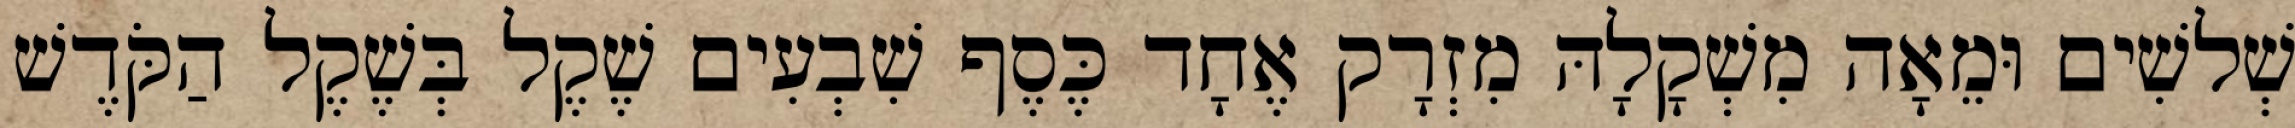
שְׁלשִׁים וּמֵאָה מִשְׁקָלָהּ מִזְרָק אֶחָד כֶּסֶף שִׁבְעִים שֶׁקֶל בְּשֶׁקֶל הַקֹּדֶשׁ